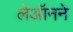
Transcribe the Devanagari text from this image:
लेऑनने